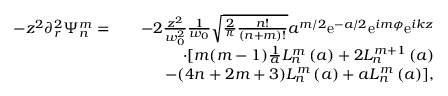
\begin{array} { r l r } { - z ^ { 2 } \partial _ { r } ^ { 2 } \Psi _ { n } ^ { m } = } & { } & { - 2 \frac { z ^ { 2 } } { w _ { 0 } ^ { 2 } } \frac { 1 } { w _ { 0 } } \sqrt { \frac { 2 } { \pi } \frac { n ! } { ( n + m ) ! } } a ^ { m / 2 } \mathrm { e } ^ { - a / 2 } \mathrm { e } ^ { i m \phi } \mathrm { e } ^ { i k z } } \\ & { } & { \cdot [ m ( m - 1 ) \frac { 1 } { a } L _ { n } ^ { m } \left( a \right) + 2 L _ { n } ^ { m + 1 } \left( a \right) } \\ & { } & { - ( 4 n + 2 m + 3 ) L _ { n } ^ { m } \left( a \right) + a L _ { n } ^ { m } \left( a \right) ] , } \end{array}